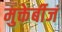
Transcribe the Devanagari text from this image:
मुक्तेर्बीजं